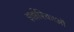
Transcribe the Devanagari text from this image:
झर्झरिकाओं